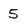
Character: 5